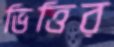
ভিত্তির